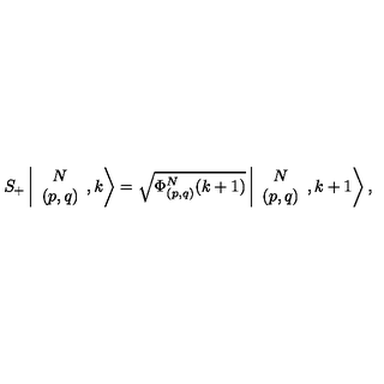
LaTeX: S _ { + } \left\vert \begin{array} { c } { N } \\ { ( p , q ) } \\ \end{array} , k \right> = \sqrt { \Phi _ { ( p , q ) } ^ { N } ( k + 1 ) } \left\vert \begin{array} { c } { N } \\ { ( p , q ) } \\ \end{array} , k + 1 \right> ,